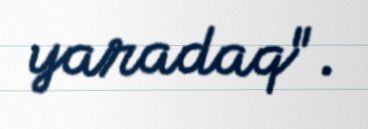
yaradaq".